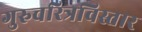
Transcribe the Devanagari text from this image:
गुरुचरित्रविस्तार